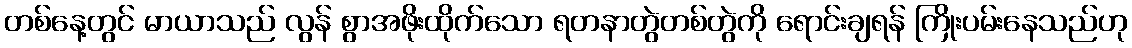
တစ်နေ့တွင် မာယာသည် လွန် စွာအဖိုးထိုက်သော ရတနာတွဲတစ်တွဲကို ရောင်းချရန် ကြိုးပမ်းနေသည်ဟု